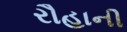
રૌહાની